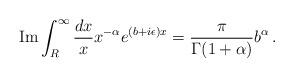
LaTeX: \begin{align*}{\rm Im} \int_{R}^{\infty}\frac{dx}{x}x^{-\alpha} e^{(b + i\epsilon)x} = \frac{\pi}{\Gamma(1 + \alpha)} b^{\alpha} \, .\end{align*}